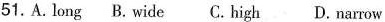
51.A.long B.wide C.high D.narrow